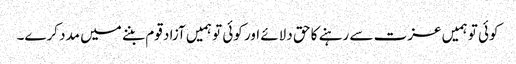
کوئی تو ہمیں عزت سے رہنے کا حق دلائے اور کوئی تو ہمیں آزاد قوم بننے میں مدد کرے۔